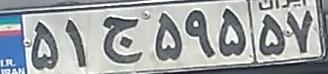
۵۱ج۵۹۵۵۷